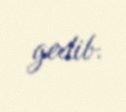
gedib.